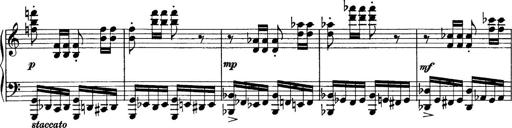
Title: Sonatina No.6
Composer: Ferruccio Busoni